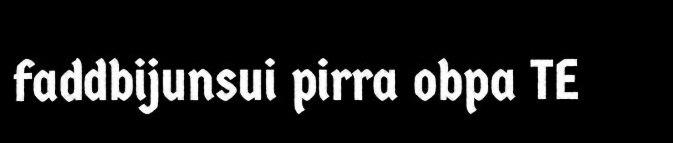
faddbijunsui pirra obpa TE